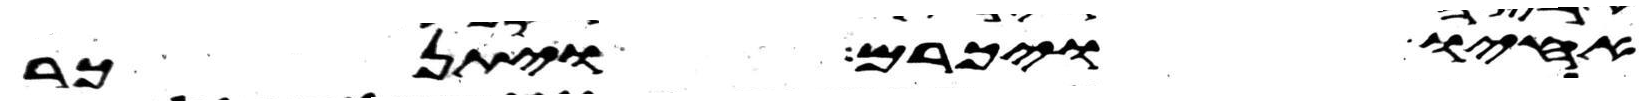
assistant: אחיו ויכרם ויתנכר